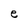
Character: e